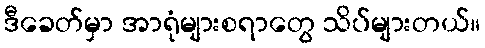
ဒီခေတ်မှာ အာရုံများစရာတွေ သိပ်များတယ်။